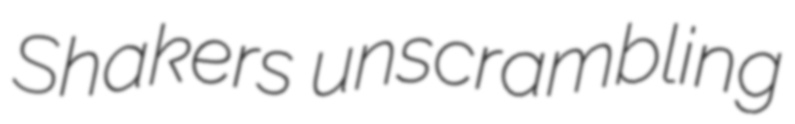
Shakers unscrambling